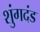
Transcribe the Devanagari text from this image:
शुंगदंड